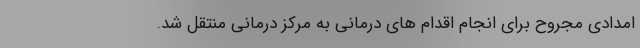
امدادی مجروح برای انجام اقدام های درمانی به مرکز درمانی منتقل شد.